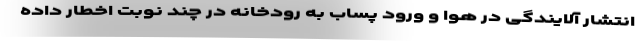
انتشار آلایندگی در هوا و ورود پساب به رودخانه در چند نوبت اخطار داده